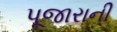
પૂજારાની